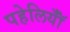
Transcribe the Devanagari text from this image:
पहेलियॉंँ